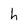
Character: h